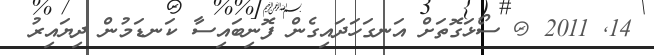
14